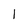
Character: 1